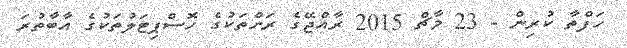
ހަފްތާ ކުރިން - 23 މާޗް 2015 ރާއްޖޭގެ ރަށްތަކުގެ ހޮސްޕިޓަލުތަކުގެ އާބާތުރަ